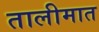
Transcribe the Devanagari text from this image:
तालीमात